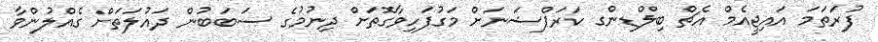
ފުރަތަމަ އައިޖީއެމް އެޗް ބިލްޑިންގ ކަރަޕްޝަނަށް މަގުފަހިވާގޮތަށް ދިނުމުގެ ސަބަބުން ދައުލަތަށް ގެއްލުންވާ